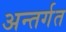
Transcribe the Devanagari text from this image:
अन्तर्गत